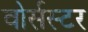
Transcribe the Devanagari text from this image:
वोर्सस्टर